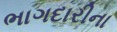
ભાગદારીના